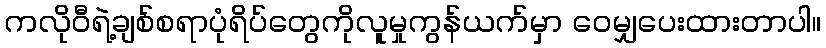
ကလိုဝီရဲ့ချစ်စရာပုံရိပ်တွေကိုလူမှုကွန်ယက်မှာ ဝေမျှပေးထားတာပါ။